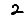
Digit: 2